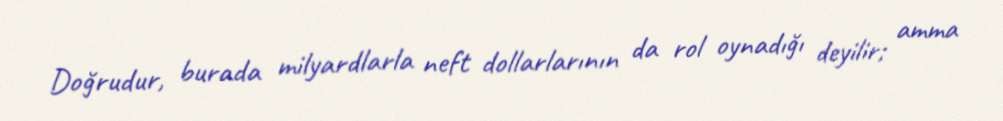
Doğrudur, burada milyardlarla neft dollarlarının da rol oynadığı deyilir; amma